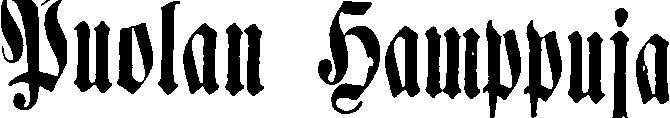
Puolan Hamppuja